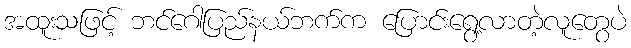
အထူးသဖြင့် ဘင်ဂေါပြည်နယ်ဘက်က ပြောင်းရွေ့လာတဲ့လူတွေပဲ